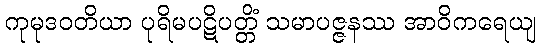
ကုမုဒဝတိယာ ပုရိမပဋိပတ္တိံ သမာပဇ္ဇနဿ အာဝိကရေယျ